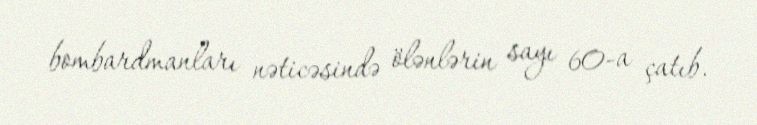
bombardmanları nəticəsində ölənlərin sayı 60-a çatıb.